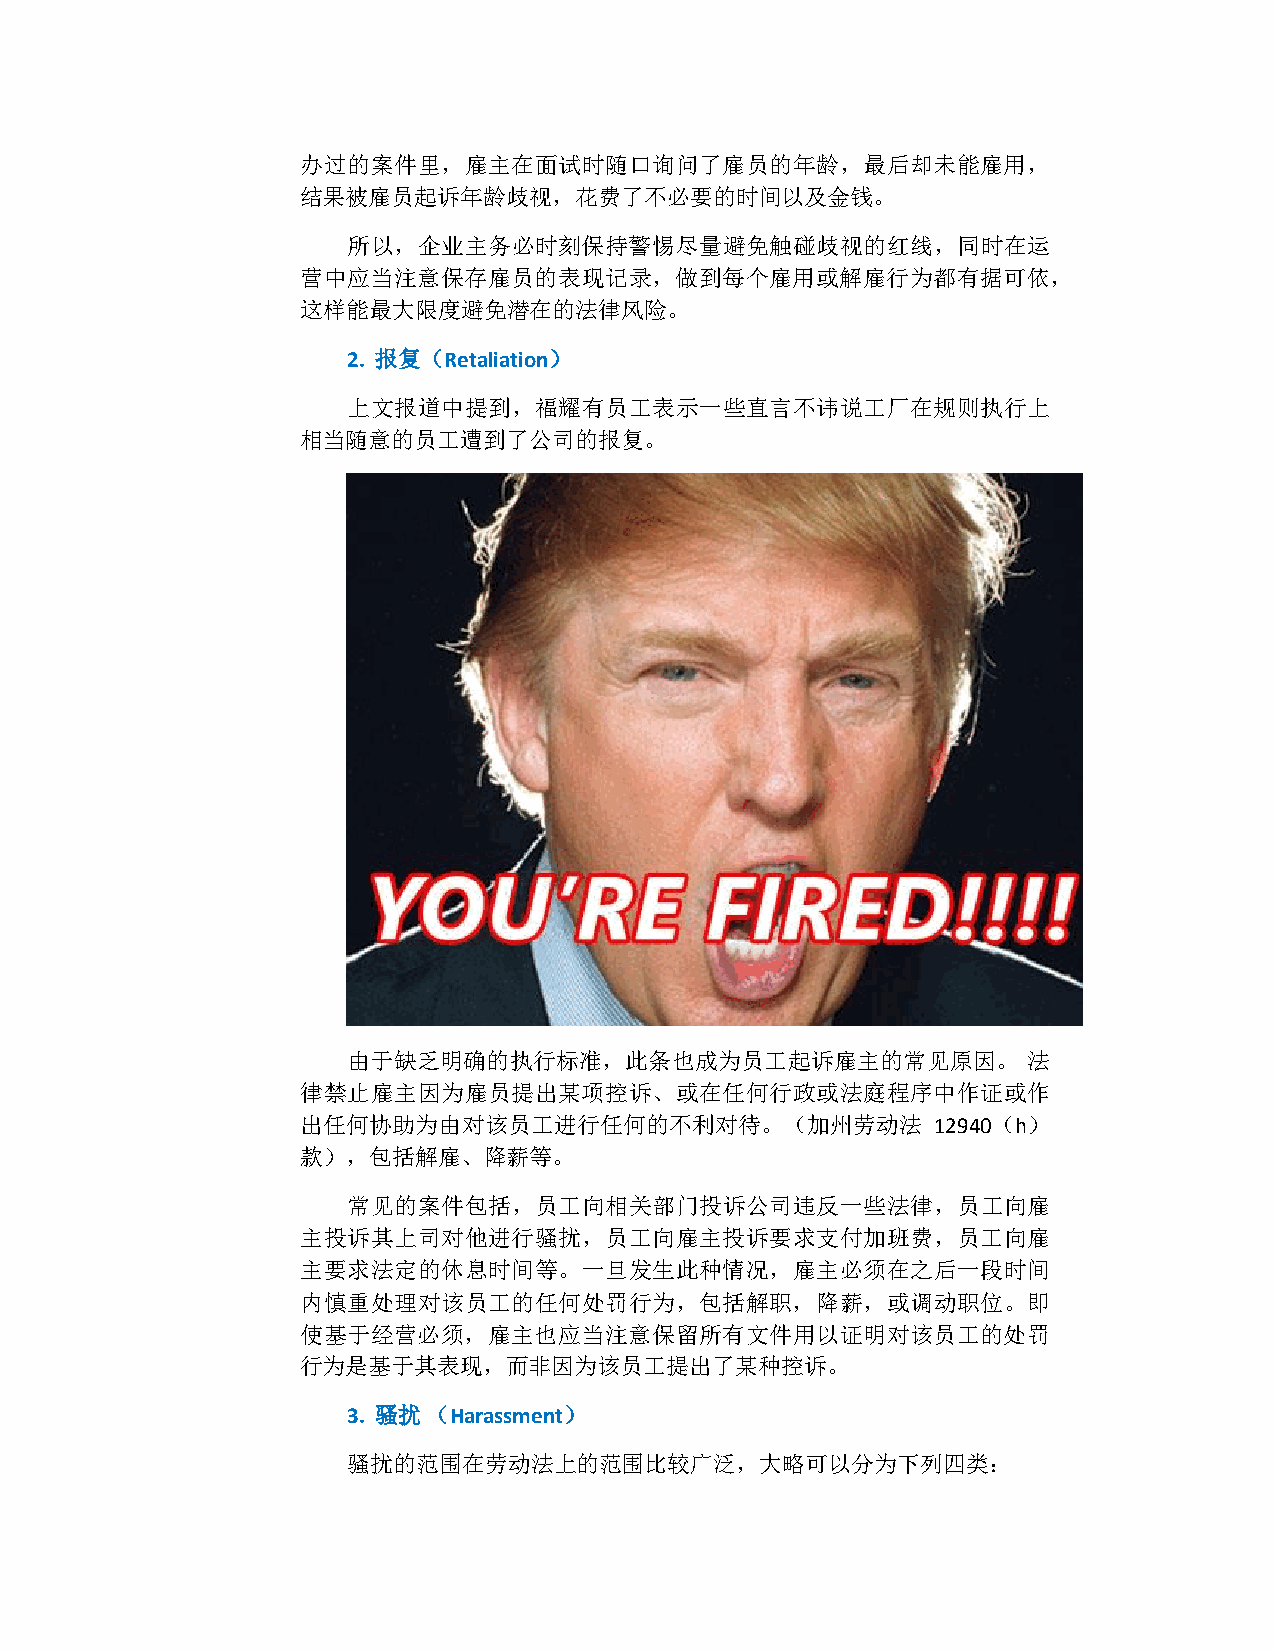
办过的案件里，雇主在面试时随口询问了雇员的年龄，最后却未能雇用，
 结果被雇员起诉年龄歧视，花费了不必要的时间以及金钱。
 所以，企业主务必时刻保持警惕尽量避免触碰歧视的红线，同时在运
 营中应当注意保存雇员的表现记录，做到每个雇用或解雇行为都有据可依，
 这样能最大限度避免潜在的法律风险。
 2. 报复（Retaliation）
 上文报道中提到，福耀有员工表示一些直言不讳说工厂在规则执行上
 相当随意的员工遭到了公司的报复。
 由于缺乏明确的执行标准，此条也成为员工起诉雇主的常见原因。                法
 律禁止雇主因为雇员提出某项控诉、或在任何行政或法庭程序中作证或作
 出任何协助为由对该员工进行任何的不利对待。（加州劳动法               12940（h）
 款），包括解雇、降薪等。
 常见的案件包括，员工向相关部门投诉公司违反一些法律，员工向雇
 主投诉其上司对他进行骚扰，员工向雇主投诉要求支付加班费，员工向雇
 主要求法定的休息时间等。一旦发生此种情况，雇主必须在之后一段时间
 内慎重处理对该员工的任何处罚行为，包括解职，降薪，或调动职位。即
 使基于经营必须，雇主也应当注意保留所有文件用以证明对该员工的处罚
 行为是基于其表现，而非因为该员工提出了某种控诉。
 3. 骚扰 （Harassment）
 骚扰的范围在劳动法上的范围比较广泛，大略可以分为下列四类：